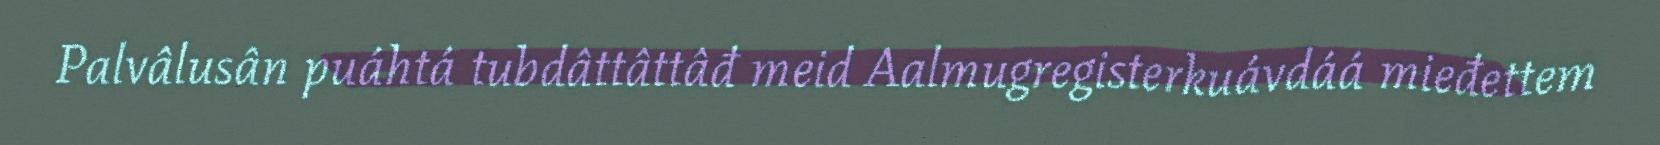
Palvâlusân puáhtá tubdâttâttâđ meid Aalmugregisterkuávdáá mieđettem